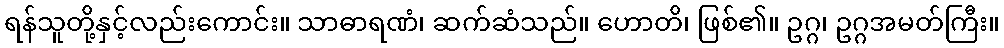
ရန်သူတို့နှင့်လည်းကောင်း။ သာဓာရဏံ၊ ဆက်ဆံသည်။ ဟောတိ၊ ဖြစ်၏။ ဥဂ္ဂ၊ ဥဂ္ဂအမတ်ကြီး။